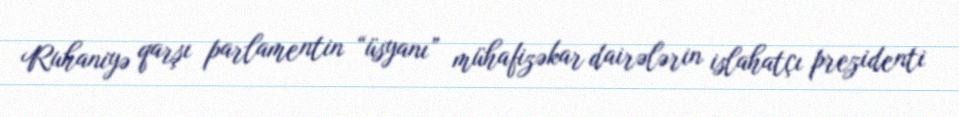
Ruhaniyə qarşı parlamentin “üsyanı” mühafizəkar dairələrin islahatçı prezidenti